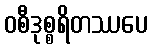
ဝစီဒုစ္စရိတဿပေ